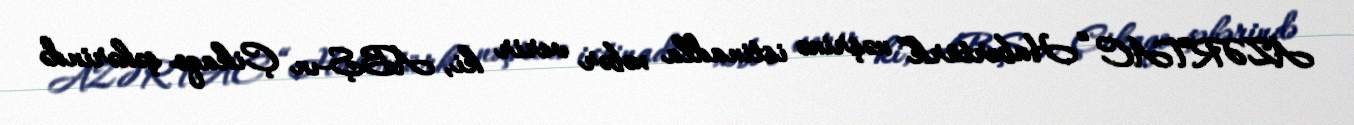
AZƏRTAC “Habertürk” nəşrinə istinadla xəbər verir ki, ABŞ-ın Çikaqo şəhərində